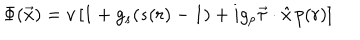
\Phi ( \vec { x } ) = v \left[ 1 + g _ { s } ( s ( r ) - 1 ) + i g _ { p } \vec { \tau } \cdot \hat { x } \, p ( r ) \right]